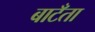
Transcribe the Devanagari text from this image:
बाटँता